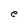
Character: e